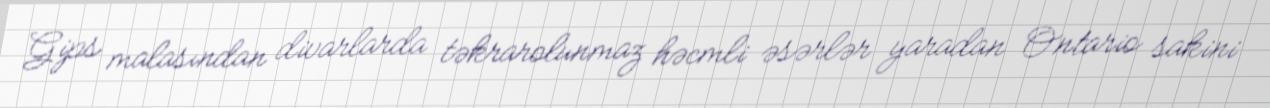
Gips malasından divarlarda təkrarolunmaz həcmli əsərlər yaradan Ontario sakini